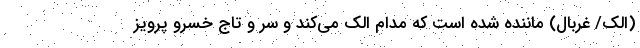
(الک/ غربال) ماننده شده است که مدام الک می‌کند و سر و تاج خسرو پرویز